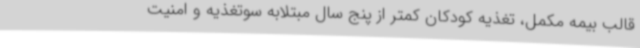
قالب بیمه مکمل، تغذیه کودکان کمتر از پنج سال مبتلابه سوتغذیه و امنیت